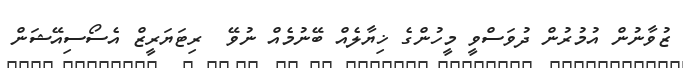
ޒުވާނުން އުމުރުން ދުވަސްވީ މީހުންގެ ޚިޔާލެއް ބޭނުމެއް ނުވޭ  ރިޓަޔަރީޒް އެސޯސިއޭޝަން